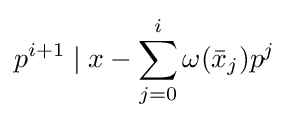
p^{i+1}\mid x-\sum _{j=0}^{i}\omega ({\bar {x}}_{j})p^{j}